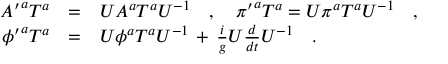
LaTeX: \begin{array} { r c l } { { { A ^ { \prime } } ^ { a } T ^ { a } } } & { { = } } & { { U A ^ { a } T ^ { a } U ^ { - 1 } \ \ \ , \ \ \ { \pi ^ { \prime } } ^ { a } T ^ { a } = U \pi ^ { a } T ^ { a } U ^ { - 1 } \ \ \ , } } \\ { { { \phi ^ { \prime } } ^ { a } T ^ { a } } } & { { = } } & { { U \phi ^ { a } T ^ { a } U ^ { - 1 } \, + \, \frac { i } { g } U \frac { d } { d t } U ^ { - 1 } \ \ \ . } } \end{array}